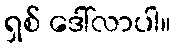
ရှစ် ဒေါ်လာပါ။